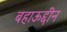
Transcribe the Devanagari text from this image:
बहाऊद्दीन